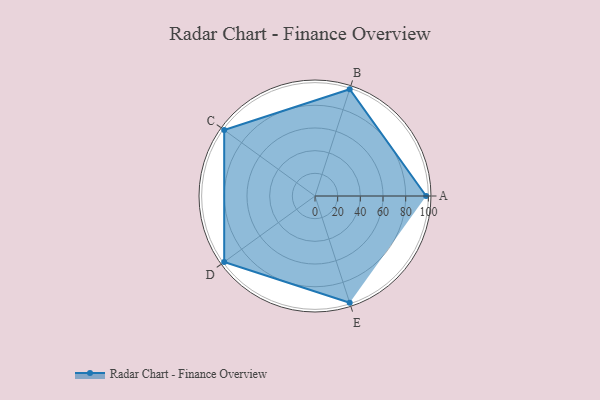
{"axis": {"x": "Skill", "y": "Score"}, "legend": ["Profile"], "data": [{"x": "A", "y": 98.0, "type": "Profile"}, {"x": "B", "y": 99, "type": "Profile"}, {"x": "C", "y": 99, "type": "Profile"}, {"x": "D", "y": 99, "type": "Profile"}, {"x": "E", "y": 99, "type": "Profile"}]}